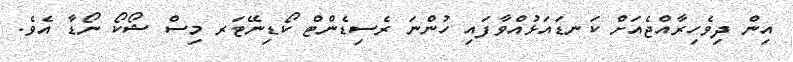
އިން ދިވެހިރާއްޖެއަށް ކަނޑައަޅުއްވާފައި ހުންނަ ރެސިޑެންޓް ކޯޑިނޭޓަރ މިސް ޝޯކޯ ނޯޑާ އެވެ.